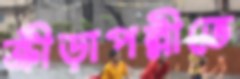
ক্রীড়াপল্লীতে